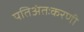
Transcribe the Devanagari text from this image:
पतिअंतःकरणी